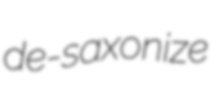
de-saxonize